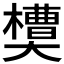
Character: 𰘻